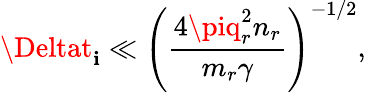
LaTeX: \Deltat_{\mathbf{i}}\ll\left(\frac{{4\piq_{r}^{2}n_{r}}}{{m_{r}\gamma}}\right)^{-1/2},